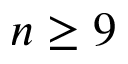
n \geq 9